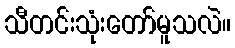
သီတင်းသုံးတော်မူသလဲ။